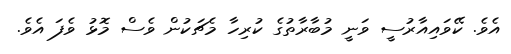
އެވެ. ކޭވައިއާރުސީ ވަނީ މުބާރާތުގެ ކުރިހާ މެޗަކުން ވެސް މޮޅު ވެފަ އެވެ.